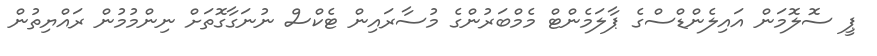
ޕީ ސޮލޮމަން އައިލެންޑްސްގެ ޕާލަމެންޓް މެމްބަރުންގެ މުސާރައިން ޓެކްސް ނުނަގާގޮތަށް ނިންމުމުން ރައްޔިތުން